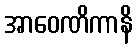
အာဝေဏိကာနိ